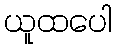
ယူထပေါ